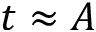
t \approx A